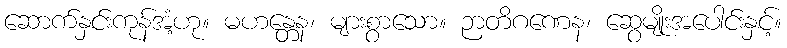
ဆောက်နှင်းကုန်အံ့ဟု။ မဟန္တေန၊ များစွာသော။ ဉာတိဂဏေန၊ ဆွေမျိုးအပေါင်းနှင့်။